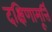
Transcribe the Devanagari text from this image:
दक्षिणामूर्त्ति